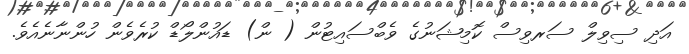
އަދި ސިވިލް ސަރވިސް ކޮމިޝަނުގެ ވެބްސައިޓުން ( ން) ޑައުންލޯޑް ކުރެވެން ހުންނާނެއެވެ.